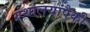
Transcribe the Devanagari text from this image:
ग्रंथालयांपैकी